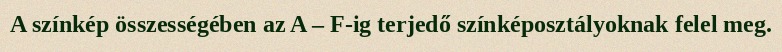
A színkép összességében az A – F-ig terjedő színképosztályoknak felel meg.